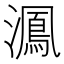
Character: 㵯